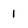
Character: 1